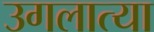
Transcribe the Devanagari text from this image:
उगलात्या